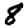
Digit: 8